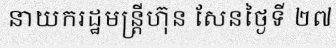
នាយករដ្ឋមន្ត្រីហ៊ុន សែនថ្ងៃទី ២៧